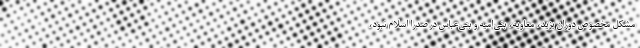
مشکل مخصوص دوران یزید، معاویه، بنی‌امیه و بنی‌عباس در صدرا اسلام نبود،